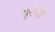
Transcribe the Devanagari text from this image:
मूर्तीशी